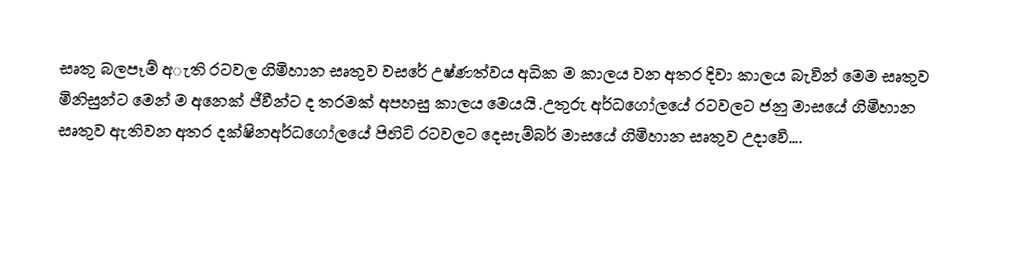
සෘතු බලපෑම් අැති රටවල ගිමිහාන සෘතුව වසරේ උෂ්ණත්වය අධික ම කාලය වන අතර දිවා කාලය බැවින් මෙම සෘතුව මිනිසුන්ට මෙන් ම අනෙක් ජීවීන්ට ද තරමක් අපහසු කාලය මෙයයි .උතුරු අර්ධගෝලයේ රටවලට ජනු මාසයේ ගිමිහාන සෘතුව ඇතිවන අතර දක්ෂිනඅර්ධගෝලයේ පිහිටි රටවලට දෙසැම්බර් මාසයේ ගිමිහාන සෘතුව උදාවෙි....